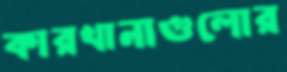
কারখানাগুলোর